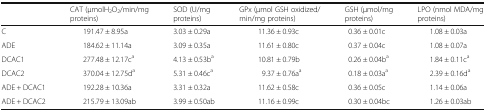
<table><thead><tr><td></td><td><b>CAT (μmolH<sub>2</sub>O<sub>2</sub>/min/mg proteins)</b></td><td><b>SOD (U/mg proteins)</b></td><td><b>GPx (μmol GSH oxidized/min/mg proteins)</b></td><td><b>GSH (μmol/mg proteins)</b></td><td><b>LPO (nmol MDA/mg proteins)</b></td></tr></thead><tbody><tr><td>C</td><td>191.47 ± 8.95a</td><td>3.03 ± 0.29a</td><td>11.36 ± 0.93c</td><td>0.36 ± 0.01c</td><td>1.08 ± 0.03a</td></tr><tr><td>ADE</td><td>184.62 ± 11.14a</td><td>3.09 ± 0.35a</td><td>11.61 ± 0.80c</td><td>0.37 ± 0.04c</td><td>1.08 ± 0.07a</td></tr><tr><td>DCAC1</td><td>277.48 ± 12.17c<sup>a</sup></td><td>4.13 ± 0.53b<sup>a</sup></td><td>10.81 ± 0.79b</td><td>0.26 ± 0.04b<sup>a</sup></td><td>1.84 ± 0.11c<sup>a</sup></td></tr><tr><td>DCAC2</td><td>370.04 ± 12.75d<sup>a</sup></td><td>5.31 ± 0.46c<sup>a</sup></td><td>9.37 ± 0.76a<sup>a</sup></td><td>0.18 ± 0.03a<sup>a</sup></td><td>2.39 ± 0.16d<sup>a</sup></td></tr><tr><td>ADE + DCAC1</td><td>192.28 ± 10.36a</td><td>3.31 ± 0.32a</td><td>11.62 ± 0.58c</td><td>0.36 ± 0.05c</td><td>1.14 ± 0.06a</td></tr><tr><td>ADE + DCAC2</td><td>215.79 ± 13.09ab</td><td>3.99 ± 0.50ab</td><td>11.16 ± 0.99c</td><td>0.30 ± 0.04bc</td><td>1.26 ± 0.03ab</td></tr></tbody></table>